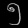
Digit: ၅